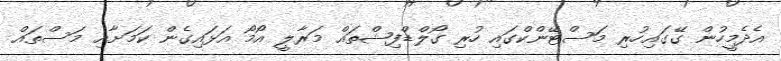
އެދެމީހުން ގޭގައިހުރި މަސްޓޭންކްގައި ހުރި ގޯލްޑްފިޝްތައް މަރާލީ އޯމޯ އަޅައިގެން ކަމަށާއި މަސްތައް